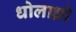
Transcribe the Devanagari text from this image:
धोलाध्रो